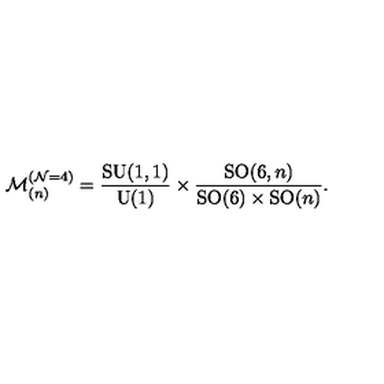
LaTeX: \mathcal { M } _ { ( n ) } ^ { ( \mathcal { N } = 4 ) } = \frac { \mathrm { S U } ( 1 , 1 ) } { \mathrm { U } ( 1 ) } \times \frac { \mathrm { S O } ( 6 , n ) } { \mathrm { S O } ( 6 ) \times \mathrm { S O } ( n ) } .